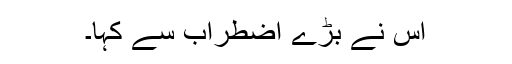
اُس نے بڑے اضطراب سے کہا۔